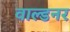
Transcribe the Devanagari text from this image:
वाल्डनर